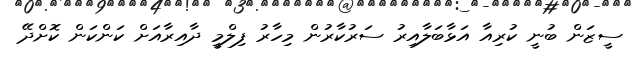
ސީޒަން ބުނީ ކުރިއާ އަޅާބަލާއިރު ސަރުކާރުން މިހާރު ފިލްމީ ދާއިރާއަށް ކަންކަން ކޮށްދޭ